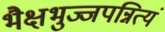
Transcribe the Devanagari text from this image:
भैक्षभुज्जपन्नित्यं